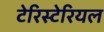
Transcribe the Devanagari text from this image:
टेरिस्टेरियल